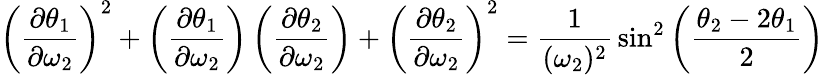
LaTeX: \left({\frac{\partial\theta_{1}}{\partial\omega_{2}}}\right)^{2}+\left({\frac{\partial\theta_{1}}{\partial\omega_{2}}}\right)\left({\frac{\partial\theta_{2}}{\partial\omega_{2}}}\right)+\left({\frac{\partial\theta_{2}}{\partial\omega_{2}}}\right)^{2}={\frac{1}{(\omega_{2})^{2}}}\sin^{2}\left({\frac{\theta_{2}-2\theta_{1}}{2}}\right)